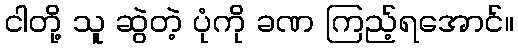
ငါတို့ သူ ဆွဲတဲ့ ပုံကို ခဏ ကြည့်ရအောင်။